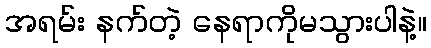
အရမ်း နက်တဲ့ နေရာကိုမသွားပါနဲ့။